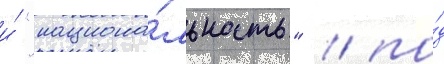
и́ "национа́льность" / по́д